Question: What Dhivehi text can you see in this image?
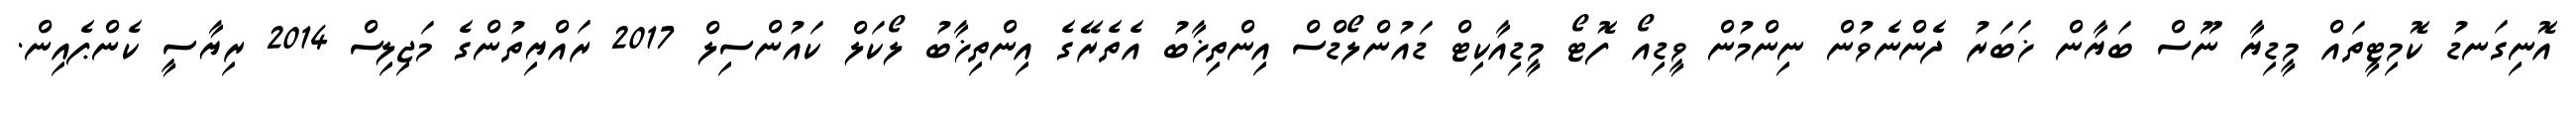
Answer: އޮނިގަނޑު ކޮމިޓީތައް މީޑިޔާ ނޫސް ބަޔާން ޚަބަރު ދެންނެވުން ނިންމުން ވީޑިއޯ ފޮޓޯ މީޑިއާކިޓް ޑައުންލޯޑްސް އިންތިޚާބު އެތެރޭގެ އިންތިޚާބު ލޯކަލް ކައުންސިލް 2017 ރައްޔިތުންގެ މަޖިލިސް 2014 ރިޔާސީ ކެންޕެއިން.